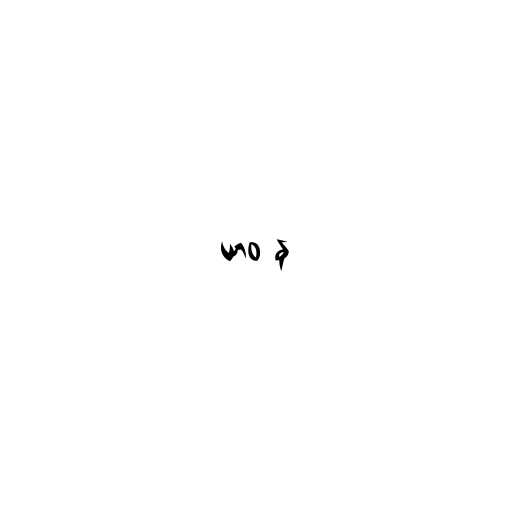
ယာဝ န